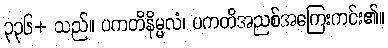
၃၃၆+ သည်။ ပကတိနိမ္မလံ၊ ပကတိအညစ်အကြေးကင်း၏။